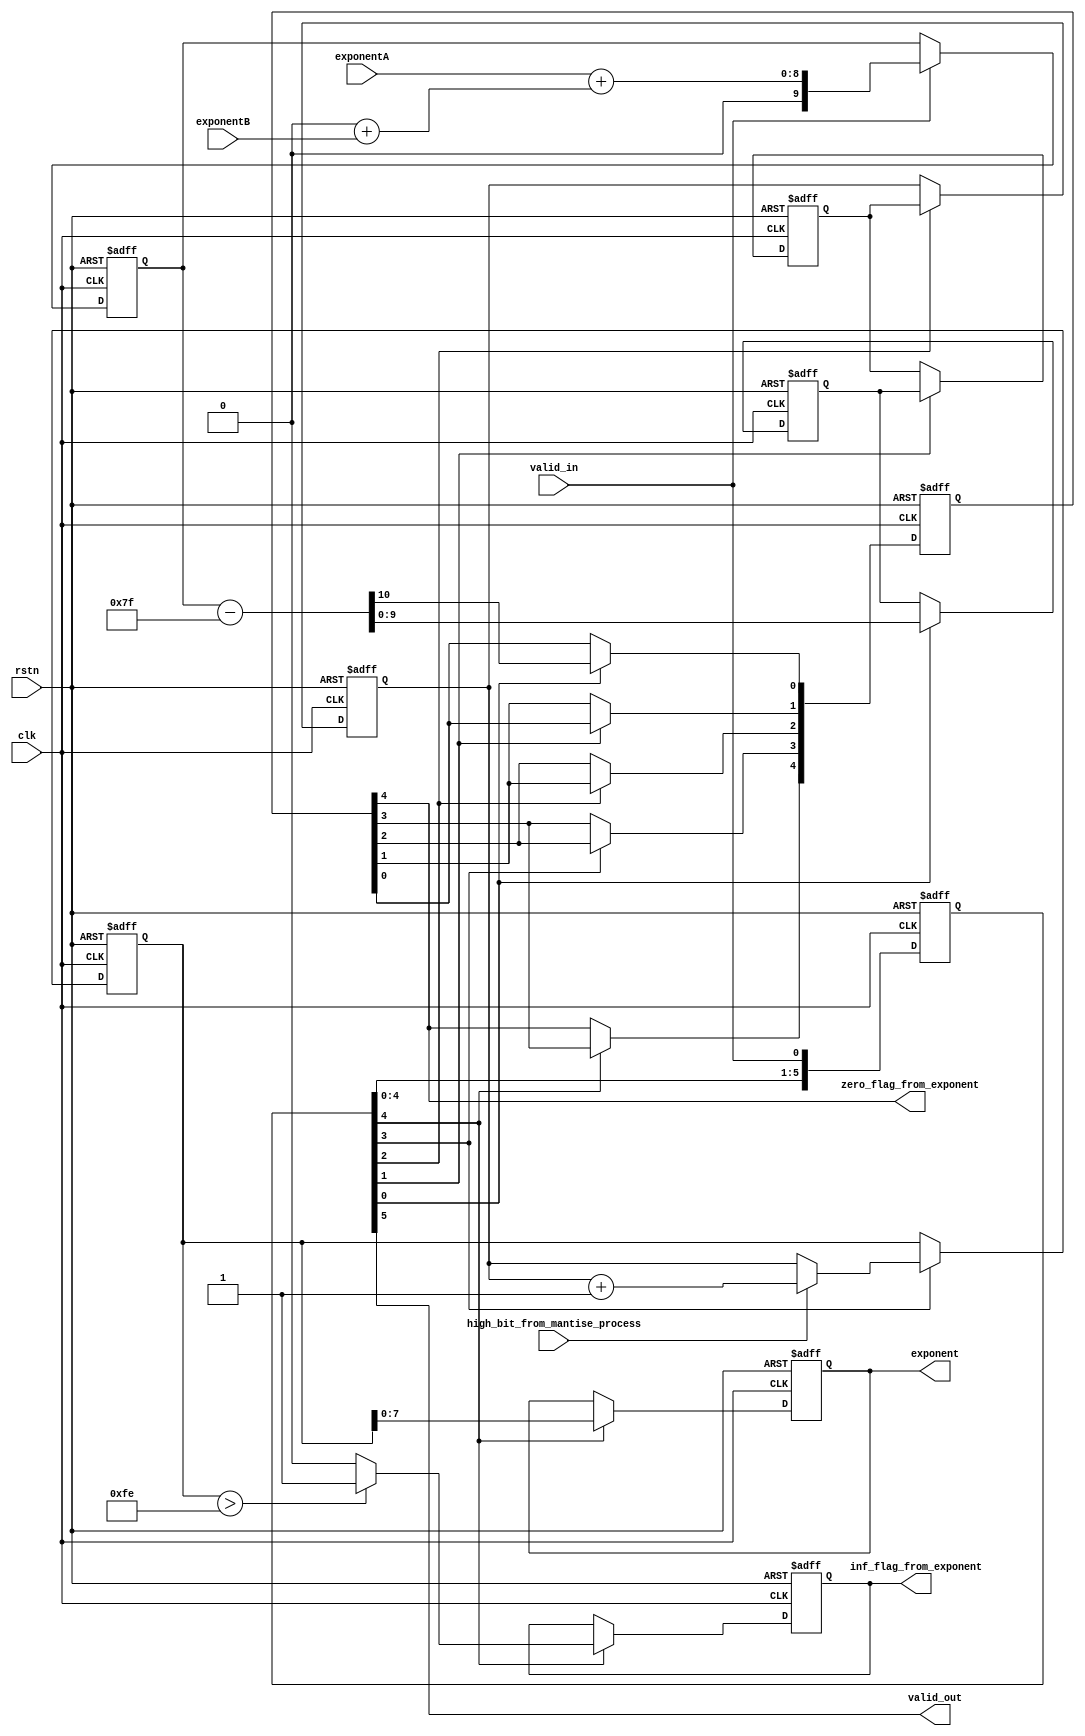
`timescale 1ns / 1ps
//////////////////////////////////////////////////////////////////////////////////
// Company: 
// Engineer: 
// 
// Design Name: 
// Module Name: exponent_process_floating_point32
// Project Name: 
// Target Devices: 
// Tool Versions: 
// Description: 
// 
// Dependencies: 
// 
// Revision:
// Revision 0.01 - File Created
// Additional Comments:
// 
//////////////////////////////////////////////////////////////////////////////////


module exponent_process_floating_point32 // 6 CLOCK WITH SIGNAL ASYN high_bit_from_mantise_process
(
    input                   clk, rstn, valid_in,
    input                   high_bit_from_mantise_process,
    input       [7:0]       exponentA, exponentB,
    output                  valid_out,
    output                  zero_flag_from_exponent, inf_flag_from_exponent,
    output  reg [7:0]       exponent
);   
    reg     [5:0]       valid_stage;
    reg     [4:0]       zero_flag;
    
    reg     [9:0]       sum_exponent;
    reg     [9:0]       sum_exponent_sub_127    [2:0];            
    reg     [9:0]       sum_exponent_sub_127_add_1;
    reg                 inf_flag;
    
    always @ (posedge clk or negedge rstn) begin
        if (!rstn) begin
                valid_stage                 <=  'b0;
                sum_exponent                <=  'b0;
                zero_flag     <=  'b0;
                inf_flag      <=  'b0;
                sum_exponent_sub_127[0]     <=  'b0;
                sum_exponent_sub_127[1]     <=  'b0;
                sum_exponent_sub_127[2]     <=  'b0;
                sum_exponent_sub_127_add_1  <=  'b0;
                exponent                    <=  'b0;
        end
        else begin
            // STAGE 1
                valid_stage[0]              <=  valid_in;  
            if (valid_in) begin
                sum_exponent                <=  {2'b0, exponentA} + {2'b0 + exponentB};
            end
            else begin
                sum_exponent                <=  sum_exponent;
            end
            
            // STAGE 2
                valid_stage[1]              <=  valid_stage[0];
            if (valid_stage[0]) begin
                {zero_flag[0], sum_exponent_sub_127[0]}  <=   sum_exponent - 10'd127;
            end
            else begin
                {zero_flag[0], sum_exponent_sub_127[0]}  <=  {zero_flag[0], sum_exponent_sub_127[0]};
            end
            
            // STAGE 3
                valid_stage[2]              <=  valid_stage[1];
            if (valid_stage[1]) begin
                {zero_flag[1], sum_exponent_sub_127[1]}  <=   {zero_flag[0], sum_exponent_sub_127[0]};
            end
            else begin
                {zero_flag[1], sum_exponent_sub_127[1]}  <=   {zero_flag[1], sum_exponent_sub_127[1]};
            end    
            
            // STAGE 4
                valid_stage[3]              <=  valid_stage[2];
            if (valid_stage[2]) begin
                {zero_flag[2], sum_exponent_sub_127[2]}  <=   {zero_flag[1], sum_exponent_sub_127[1]};
            end
            else begin
                {zero_flag[2], sum_exponent_sub_127[2]}  <=   {zero_flag[2], sum_exponent_sub_127[2]};
            end    
                
            // STAGE 5
                valid_stage[4]              <=  valid_stage[3];
            if (valid_stage[3]) begin
                zero_flag[3]  <=  zero_flag[2];
                if (high_bit_from_mantise_process)
                    sum_exponent_sub_127_add_1    <=  sum_exponent_sub_127[2] + 1'b1;
                else
                    sum_exponent_sub_127_add_1    <=  sum_exponent_sub_127[2];
            end
            else begin
                {zero_flag[3], sum_exponent_sub_127_add_1}  <=   {zero_flag[3], sum_exponent_sub_127_add_1};
            end 
            
            // STAGE 6
                valid_stage[5]              <=  valid_stage[4];
            if (valid_stage[4]) begin
                zero_flag[4]  <=  zero_flag[3];
                if (sum_exponent_sub_127_add_1 > 10'd254)
                    inf_flag  <=  1'b1;
                else
                    inf_flag  <=  1'b0;
                exponent    <=  sum_exponent_sub_127_add_1[7:0];
            end
            else begin
                {zero_flag[4], inf_flag, exponent}  <=   {zero_flag[4], inf_flag, exponent};
            end 
        end      
    end
    
    assign  valid_out               =   valid_stage[5];
    assign  zero_flag_from_exponent =   zero_flag[4];
    assign  inf_flag_from_exponent  =   inf_flag;
endmodule